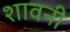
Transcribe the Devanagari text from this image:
शावनी